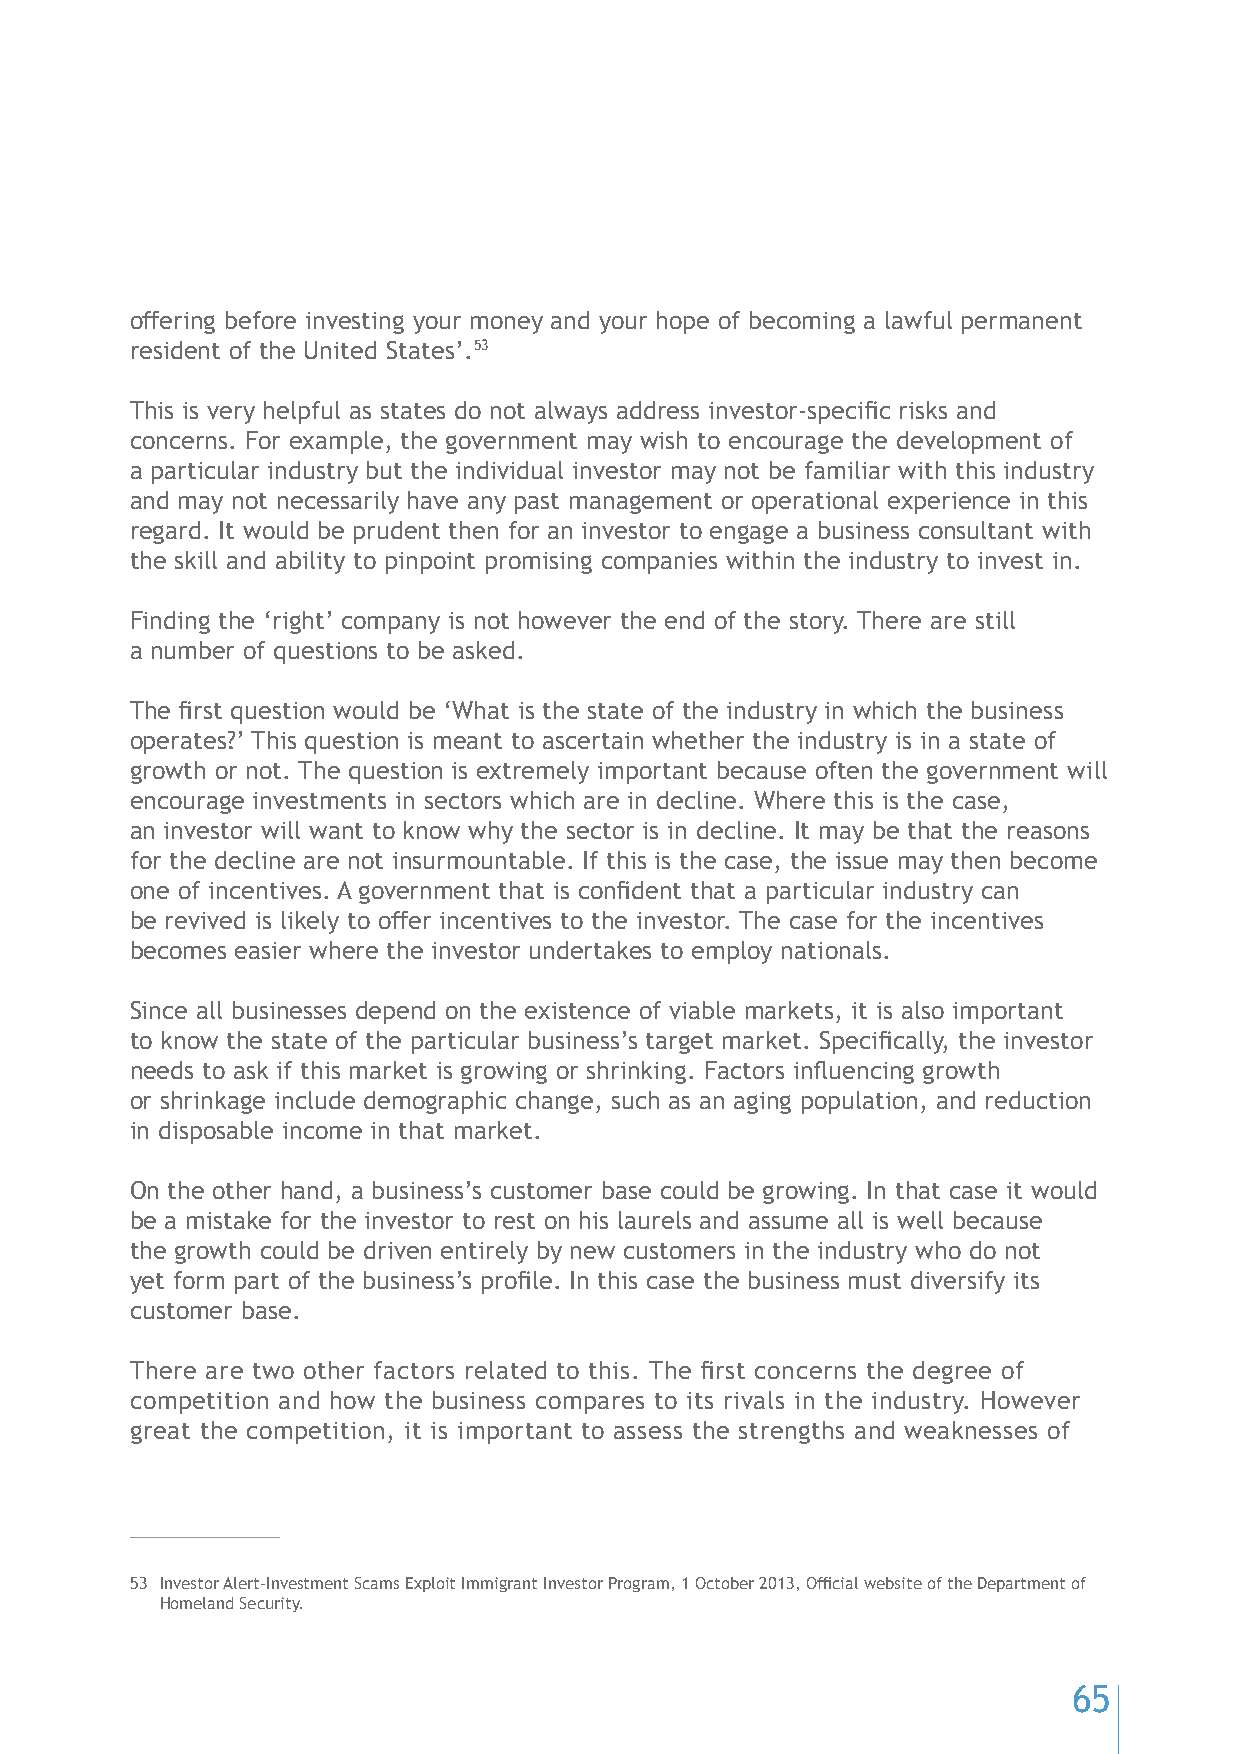
offering before investing your money and your hope of becoming a lawful permanent
 resident of the United States’.53
 This is very helpful as states do not always address investor-specific risks and
 concerns. For example, the government may wish to encourage the development of
 a particular industry but the individual investor may not be familiar with this industry
 and may not necessarily have any past management or operational experience in this
 regard. It would be prudent then for an investor to engage a business consultant with
 the skill and ability to pinpoint promising companies within the industry to invest in.
 Finding the ‘right’ company is not however the end of the story. There are still
 a number of questions to be asked.
 The first question would be ‘What is the state of the industry in which the business
 operates?’ This question is meant to ascertain whether the industry is in a state of
 growth or not. The question is extremely important because often the government will
 encourage investments in sectors which are in decline. Where this is the case,
 an investor will want to know why the sector is in decline. It may be that the reasons
 for the decline are not insurmountable. If this is the case, the issue may then become
 one of incentives. A government that is confident that a particular industry can
 be revived is likely to offer incentives to the investor. The case for the incentives
 becomes easier where the investor undertakes to employ nationals.
 Since all businesses depend on the existence of viable markets, it is also important
 to know the state of the particular business’s target market. Specifically, the investor
 needs to ask if this market is growing or shrinking. Factors influencing growth
 or shrinkage include demographic change, such as an aging population, and reduction
 in disposable income in that market.
 On the other hand, a business’s customer base could be growing. In that case it would
 be a mistake for the investor to rest on his laurels and assume all is well because
 the growth could be driven entirely by new customers in the industry who do not
 yet form part of the business’s profile. In this case the business must diversify its
 customer base.
 There are two other factors related to this. The first concerns the degree of
 competition and how the business compares to its rivals in the industry. However
 great the competition, it is important to assess the strengths and weaknesses of
 53 Investor Alert-Investment Scams Exploit Immigrant Investor Program, 1 October 2013, Official website of the Department of
 Homeland Security.
 65